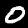
Label: 0